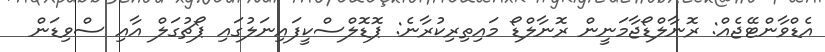
އެޑްވާންޓޭޖެއް: ރޮނާލްޑޯޖާމަނީން ރޮނާލްޑޯ މައިތިރިކުރާނެ: ޕޮޑޮލްސްކީފައިނަލުގައި ޕޯޗުގަލް އާއި ސްވިޑަން